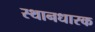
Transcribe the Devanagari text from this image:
स्थानधारक